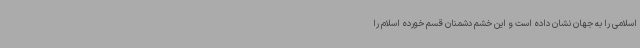
اسلامی را به جهان نشان داده است و این خشم دشمنان قسم خورده اسلام را